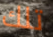
تلك